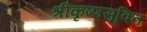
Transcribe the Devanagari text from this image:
श्रीकृष्णसूक्ति